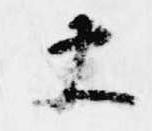
大